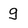
Character: g